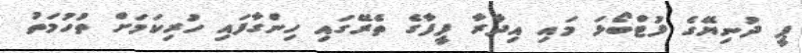
ޕީ ދުނިޔޭގެ ފުޓްބޯޅަ މައި އިދާރާ ފީފާގެ ތެރޭގައި ހިންގާފައި ހުރިކަމަށް ތުހުމަތު